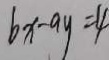
6 x - 9 y = 4